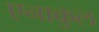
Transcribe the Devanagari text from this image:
एनाकुल